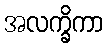
အလက္ခိကာ